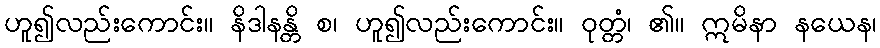
ဟူ၍လည်းကောင်း။ နိဒါနန္တိ စ၊ ဟူ၍လည်းကောင်း။ ဝုတ္တံ၊ ၏။ ဣမိနာ နယေန၊